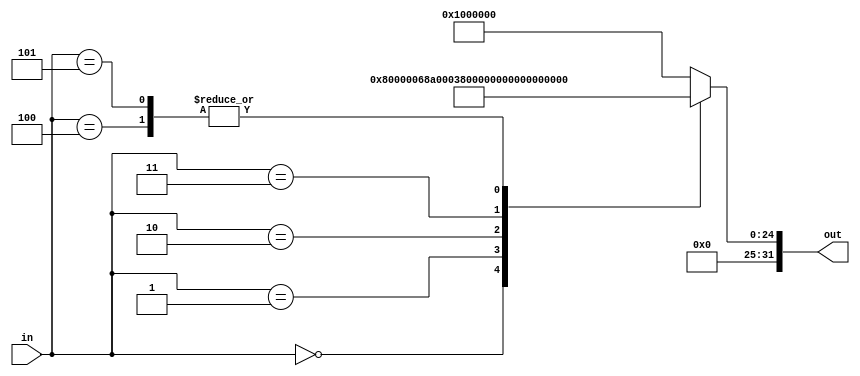
////////////////////////////////////////////////////////////////////////////////////////////////////////
//
// Institution   : Bandung Institute of Technology
//
// Design Name   : Lookup Table for First Term Coeficient in MacClaurin Series
// Module Name   : coef_term1
// Project Name  : LSI Design Contest in Okinawa 2018
// Target Devices: Sigmoid Function
// Tool versions : FPGA
//
// Description: 
// 		Providing value term 1 of MacClaurin Series with respect to input segmentation
// 
// Input:
//  	in : 3 bit unsigned : control signal
//
// Output:
//  	out : 16 bit signed : Term 1 Coeficient for MacClaurin Series 
//
// Revision: 
// Revision 0.01 - File Created
// Additional Comments: Purely combinational derived using Karnaugh Map
//
///////////////////////////////////////////////////////////////////////////////////////////////////////

module coef_term1(in, out);

parameter DWIDTH = 32;

parameter t01 = 32'b0000_0000_1000_0000_0000_0000_0000_0000 ;
parameter t12 = 32'b0000_0000_1101_0001_0100_0000_0000_0000 ;
parameter t23 = 32'b0000_0000_1110_1100_1000_0000_0000_0000 ;
parameter t34 = 32'b0000_0000_1111_1000_0100_0000_0000_0000 ;
parameter t46 = 32'b0000_0000_1111_1110_0100_0000_0000_0000 ;
parameter t00 = 32'b0000_0001_0000_0000_0000_0000_0000_0000 ;


input [2:0] in;
output reg [DWIDTH-1:0] out;

always@(in)
begin
  case (in)
    0 : out = t01;
	1 : out = t12;
	2 : out = t23;
	3 : out = t34;
	4 : out = t46;
	5 : out = t46;
	default : out = t00;
  endcase
end

endmodule